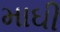
માઘી